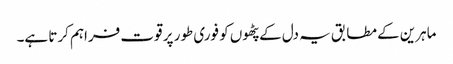
ماہرین کے مطابق یہ دل کے پٹھوں کو فوری طور پر قوت فراہم کرتا ہے۔